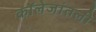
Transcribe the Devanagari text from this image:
कॉलेजांतली